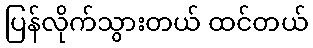
ပြန်လိုက်သွားတယ် ထင်တယ်